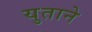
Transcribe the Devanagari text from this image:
युताने